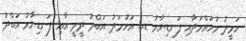
ހަމީދު މުހައްމަދާއި ފަނޑިޔާރު ޑރ. އަހުމަދު އަބްދު ދީދީ އާއި ފަނޑިޔާރު އަބްދު